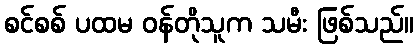
စင်စစ် ပထမ ဝန်တိုသူက သမီး ဖြစ်သည်။